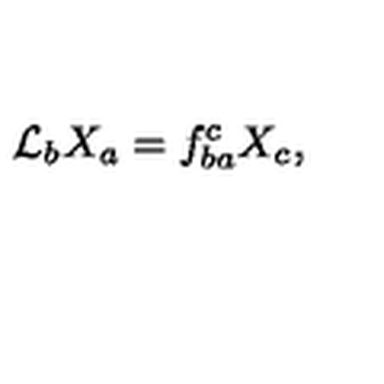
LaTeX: { \cal L } _ { b } X _ { a } = f _ { b a } ^ { c } X _ { c } ,